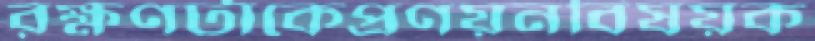
রক্ষণটাকেপ্রণয়নবিষয়ক